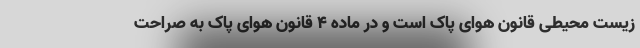
زیست محیطی قانون هوای پاک است و در ماده ۴ قانون هوای پاک به صراحت